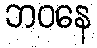
ဘဝနေ